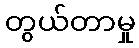
တွယ်တာမှု